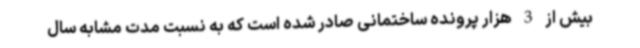
بیش از 3 هزار پرونده ساختمانی صادر شده است که به نسبت مدت مشابه سال